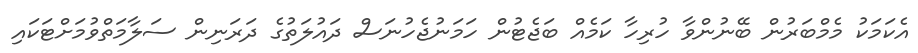
އެކަމަކު މެމްބަރުން ބޭނުންވާ ހުރިހާ ކަމެއް ބަޖެޓުން ހަމަނުޖެހުނަސް ދައުލަތުގެ ދަރަނިން ސަލާމަތްވުމަށްޓަކައި